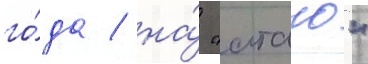
го́да / на́ "атаго"